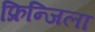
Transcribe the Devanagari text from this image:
फ्रिन्जिला